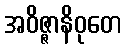
အဝိဇ္ဇာနိဝုတေ